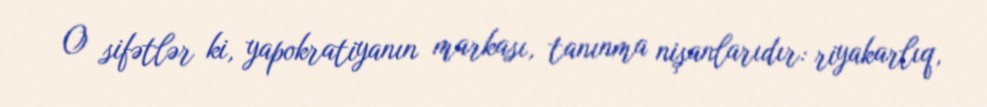
O sifətlər ki, yapokratiyanın markası, tanınma nişanlarıdır: riyakarlıq,